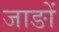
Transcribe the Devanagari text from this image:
जाङों